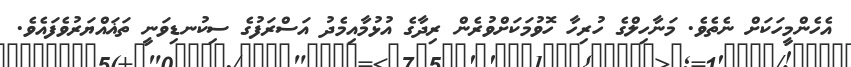
އެހެންމީހަކަށް ނެތެވެ. މަނާހިލްގެ ހުރިހާ ހޮވުމަކަށްވުރެން ރިދާގެ އުޅުމާއިމެދު އަސްރަފުގެ ސިކުނޑިވަނީ ތަޣައްޔަރުވެފައެވެ.